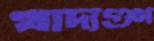
খাদ্যগুণ